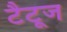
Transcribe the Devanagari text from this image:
टैटूज